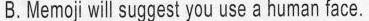
B.Memojiwill suggest you use a human tace.